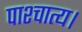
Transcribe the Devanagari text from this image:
पाश्चात्य।